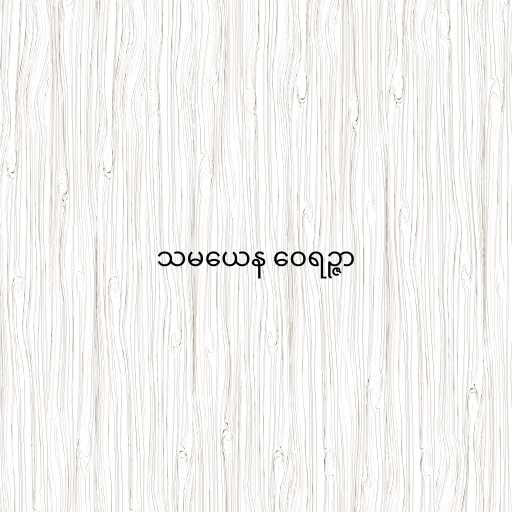
သမယေန ဝေရဉ္ဇာ